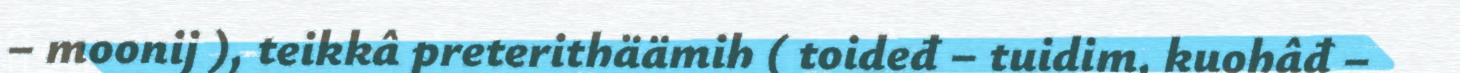
– moonij ), teikkâ preterithäämih ( toideđ – tuidim, kuohâđ –